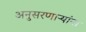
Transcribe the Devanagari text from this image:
अनुसरणाऱ्यांना